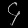
Digit: ၄